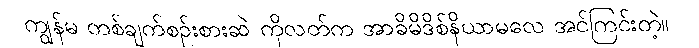
ကျွန်မ တစ်ချက်စဉ်းစားဆဲ ကိုလတ်က အာခိမိဒိစ်နိယာမလေ အင်ကြင်းတဲ့။